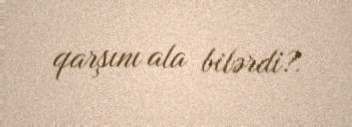
qarşını ala bilərdi?.